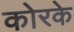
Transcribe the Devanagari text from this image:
कोरके